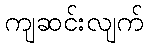
ကျဆင်းလျက်